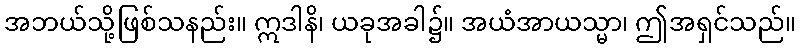
အဘယ်သို့ဖြစ်သနည်း။ ဣဒါနိ၊ ယခုအခါ၌။ အယံအာယသ္မာ၊ ဤအရှင်သည်။